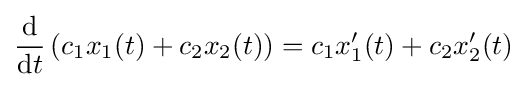
{\frac {\mathrm {d} }{\mathrm {d} t}}\left(c_{1}x_{1}(t)+c_{2}x_{2}(t)\right)=c_{1}x'_{1}(t)+c_{2}x'_{2}(t)